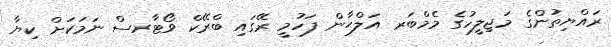
ރައްޔިތުންގެ މަޖިލީހުގެ މެމްބަރ އަލްޙާން ފަހުމީ ރޭގައި ބްރޭކް ވޯޓާރސް ނަމަކަށް ކިޔާ